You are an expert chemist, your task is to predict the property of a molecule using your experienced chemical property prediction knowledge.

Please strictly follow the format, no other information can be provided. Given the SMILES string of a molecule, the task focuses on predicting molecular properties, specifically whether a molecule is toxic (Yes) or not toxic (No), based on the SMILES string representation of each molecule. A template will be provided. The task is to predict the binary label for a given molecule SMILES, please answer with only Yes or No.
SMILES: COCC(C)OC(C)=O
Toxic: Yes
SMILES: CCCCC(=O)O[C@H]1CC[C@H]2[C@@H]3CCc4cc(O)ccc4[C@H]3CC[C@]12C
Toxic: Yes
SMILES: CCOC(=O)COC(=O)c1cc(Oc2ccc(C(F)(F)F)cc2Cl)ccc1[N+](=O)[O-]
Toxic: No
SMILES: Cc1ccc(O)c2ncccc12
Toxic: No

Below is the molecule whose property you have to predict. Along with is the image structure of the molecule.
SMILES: CN1C(C)(C)CCCC1(C)C
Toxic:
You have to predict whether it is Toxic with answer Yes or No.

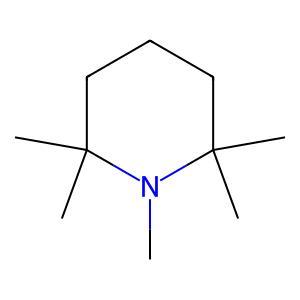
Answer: No